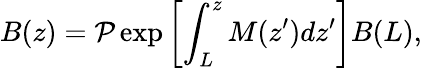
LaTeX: B(z)=\mathcal{P}\exp{\left[\int_{L}^{z}M(z^{\prime})dz^{\prime}\right]}B(L),